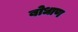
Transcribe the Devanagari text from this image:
बोधाण